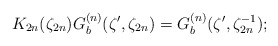
\begin{align*}K_{2n} (\zeta_{2n}) G_{b}^{(n)} (\zeta', \zeta_{2n})=G_{b}^{(n)} (\zeta', \zeta^{-1}_{2n}); \end{align*}